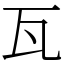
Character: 瓦